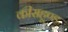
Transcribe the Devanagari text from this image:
कीसहूण्ड